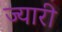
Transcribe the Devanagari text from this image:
ज्यारी